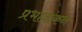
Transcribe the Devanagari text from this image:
प्रभावांकन